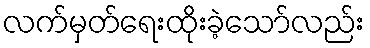
လက်မှတ်ရေးထိုးခဲ့သော်လည်း